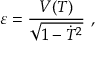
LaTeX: \varepsilon = { \frac { V ( T ) } { \sqrt { 1 - \dot { T } ^ { 2 } } } } \ ,